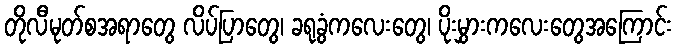
တိုလီမုတ်စအရာတွေ လိပ်ပြာတွေ၊ ခရုခွံကလေးတွေ၊ ပိုးမွှားကလေးတွေအကြောင်း